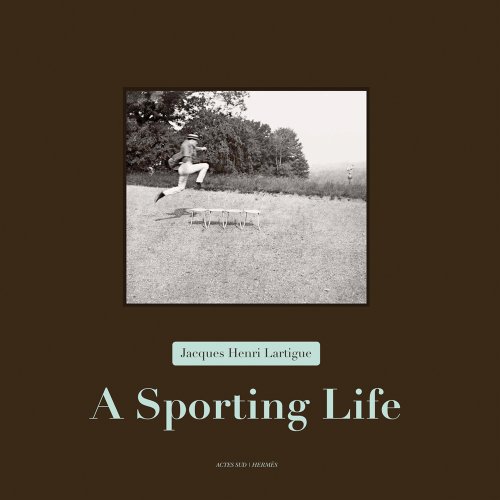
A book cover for Jacques Henri Lartigue: A Sporting Life; Thierry Terret; Arts & Photography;